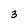
Character: 3